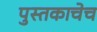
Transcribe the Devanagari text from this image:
पुस्तकाचेच